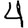
Digit: 4